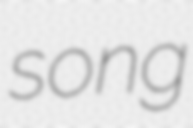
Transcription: song